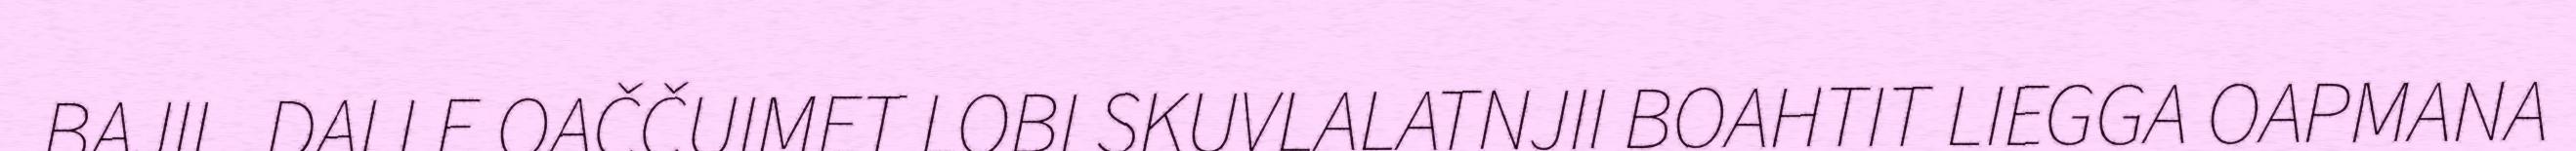
BAJIL. DALLE OAČČUIMET LOBI SKUVLALATNJII BOAHTIT LIEGGA OAPMANA